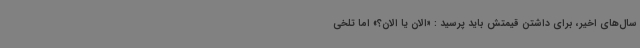
سال‌های اخیر، برای داشتن قیمتش باید پرسید : «الان یا الان؟» اما تلخی